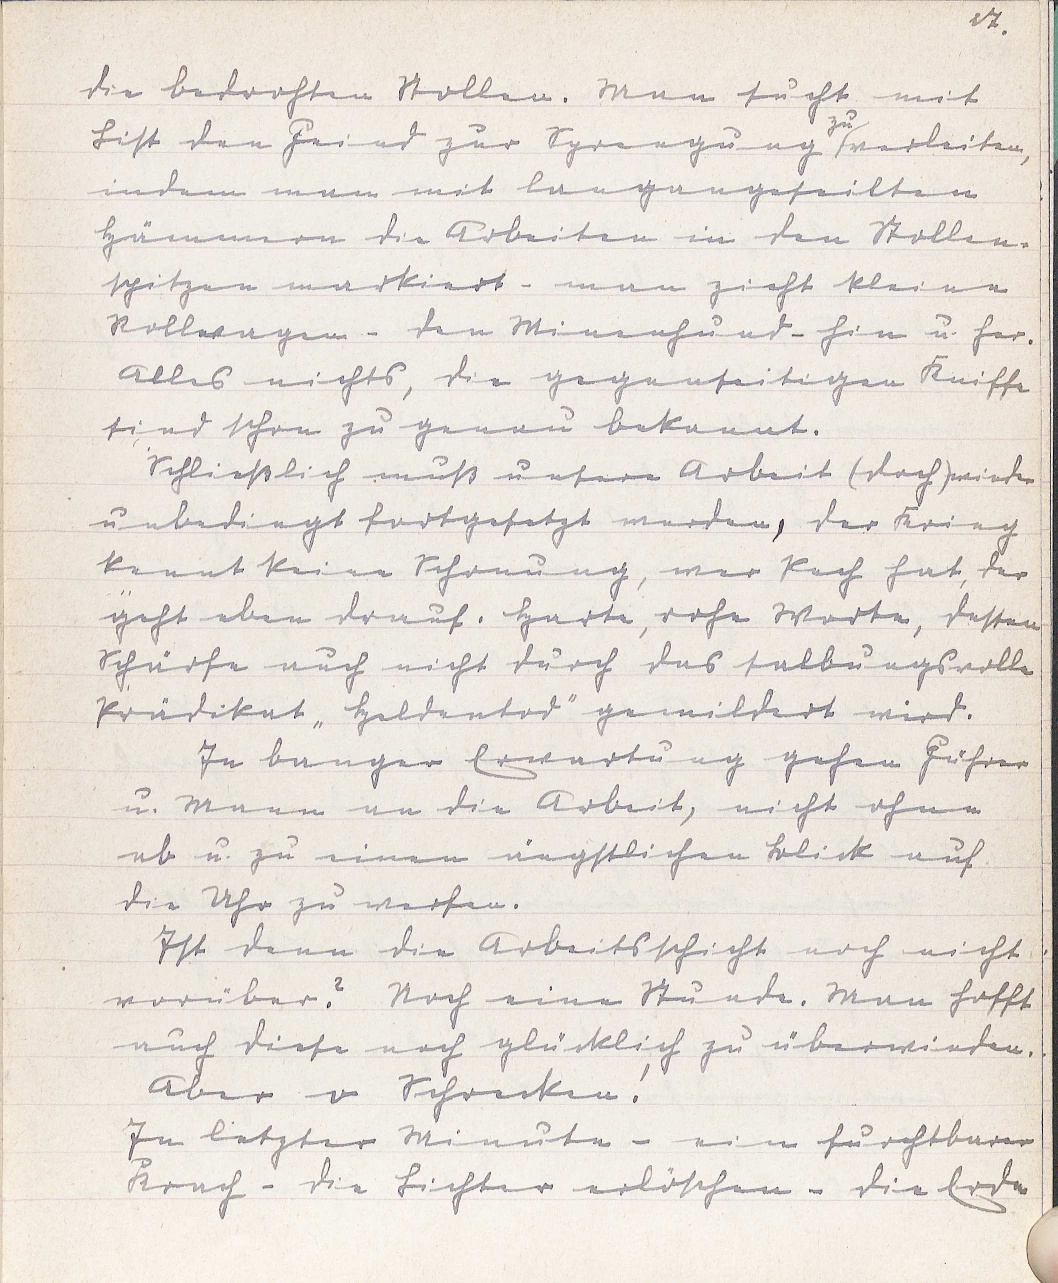
27.
die bedrohten Stollen. Man sucht mit
List dem Feind zur Sprengung
zu
verleiten,
indem man mit langangeseilten
Hämmern die Arbeiten in den Stollen¬
spitzen markiert - man zieht kleine
Rollwagen - den Minenhund - hin und her.
Alles nichts, die gegenseitigen Kniffe
sind schon zu genau bekannt.
Schließlich muß unsere Arbeit (doch) wieder
unbedingt fortgesetzt werden, der Krieg
kennt keine Schonung, wer Pech hat, der
geht eben drauf. Harte, rohe Worte, dessen
Schärfe auch nicht durch das salbungsvolle
Prädikat "Heldentod" gemildert wird.
In banger Erwartung gehen Führer
u. Mann an die Arbeit, nicht ohne
ab u. zu einen ängstlichen Blick auf
die Uhr zu werfen.
Ist denn die Arbeitsschicht noch nicht
vorüber? Noch eine Stunde. Man hofft
auch diese noch glücklich zu überwinden.
Aber o Schrecken!
In letzter Minute - ein furchtbarer
Krach - die Lichter erlöschen - die Erde